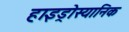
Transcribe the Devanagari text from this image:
हाइड्रोस्यानिक